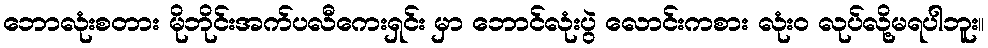
ဘောလုံးစတား မိုဘိုင်းအက်ပလီကေးရှင်း မှာ ဘောင်လုံးပွဲ လောင်းကစား လုံးဝ လုပ်လို့မရပါဘူး။